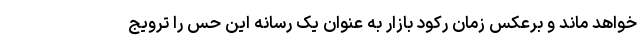
خواهد ماند و برعکس زمان رکود بازار به عنوان یک رسانه این حس را ترویج